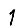
Digit: 1